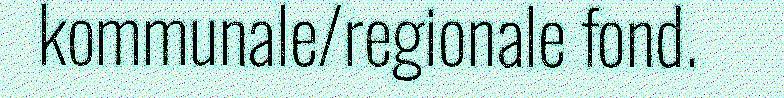
kommunale/regionale fond.